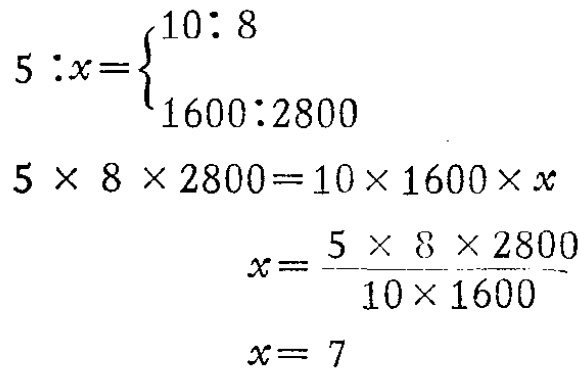
\[

\begin{align*}

5:x&=\begin{cases}10:8\\1600:2800\end{cases}\\

5\times 8\times 2800&=10\times 1600\times x\\

x&=\frac{5\times 8\times 2800}{10\times 1600}\\

x&= 7

\end{align*}

\]